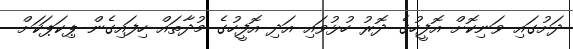
ދަށުގައި ވަނިކޮށް އޮފީހުގެ ދޮރު ހުޅުވައި އަދި އޮފީހުގެ މުދާތައް ހިފައިގެން ޕިކަޕަކަށް